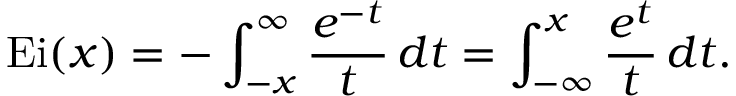
\operatorname { E i } ( x ) = - \int _ { - x } ^ { \infty } { \frac { e ^ { - t } } { t } } \, d t = \int _ { - { \infty } } ^ { x } { \frac { e ^ { t } } { t } } \, d t .